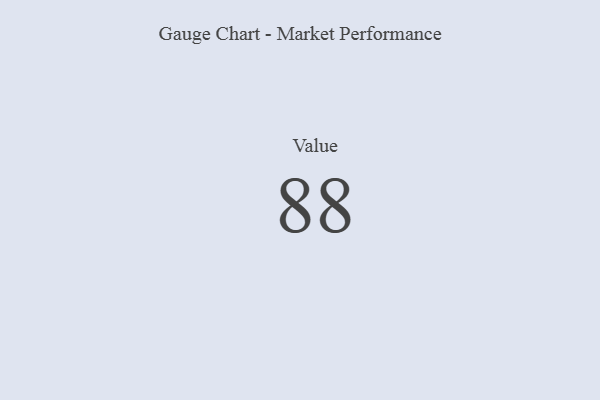
{"axis": {"x": "Metric", "y": "Value"}, "legend": [""], "data": [{"x": "Value", "y": 88, "type": ""}]}